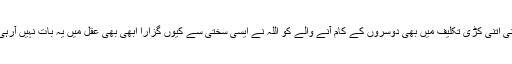
اپنی اتنی کڑی تکلیف میں بھی دوسروں کے کام آنے والے کو اللہ نے ایسی سختی سے کیوں گزارا ابھی بھی عقل میں یہ بات نہیں آرہی ۔